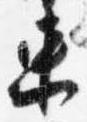
束